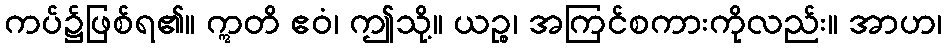
ကပ်၌ဖြစ်ရ၏။ ဣတိ ဧဝံ၊ ဤသို့။ ယဉ္စ၊ အကြင်စကားကိုလည်း။ အာဟ၊